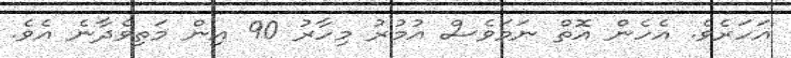
އަހަރެވެ. އެހެން އޮތް ނަމަވެސް އުމުރު މިހާރު 90 އިން މަތިވެދާނެ އެވެ.